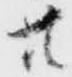
共